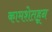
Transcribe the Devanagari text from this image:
कामशेतहून